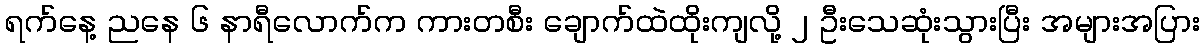
ရက်နေ့ ညနေ ၆ နာရီလောက်က ကားတစီး ချောက်ထဲထိုးကျလို့ ၂ ဦးသေဆုံးသွားပြီး အများအပြား